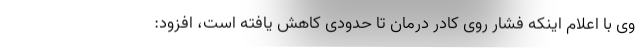
وی با اعلام اینکه فشار روی کادر درمان تا حدودی کاهش یافته است، افزود: